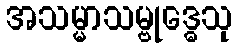
အသမ္မာသမ္ဗုဒ္ဓေသု